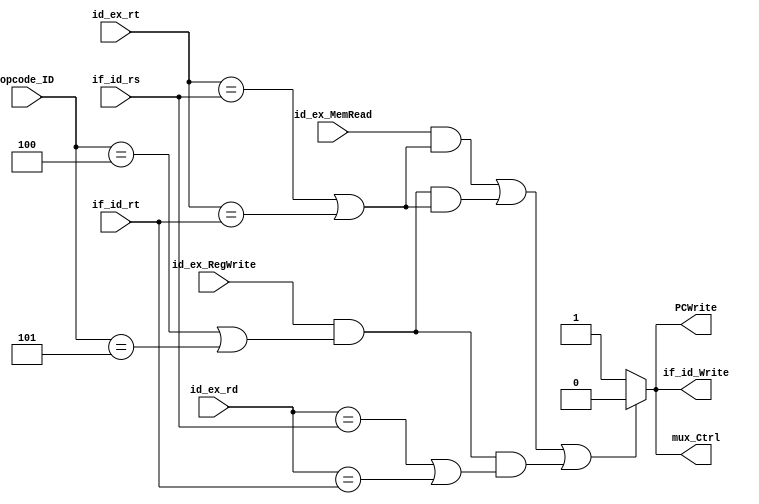
module HazardDetection(
    id_ex_MemRead,
    id_ex_RegWrite,
    id_ex_rt,
    id_ex_rd,
    if_id_rs,
    if_id_rt,
    //Branch_ID,
    opcode_ID,
    PCWrite,
    if_id_Write,
    mux_Ctrl
);

input           id_ex_MemRead;
input           id_ex_RegWrite;
input     [4:0] id_ex_rt, id_ex_rd, if_id_rs, if_id_rt;
//input     [1:0] Branch_ID;
input     [5:0] opcode_ID;
output reg      PCWrite, if_id_Write;
output reg      mux_Ctrl; //1'b0 ctrl all zero, 1'b1 original

always@ (*) begin
    PCWrite = 1'b1;
    if_id_Write = 1'b1;
    mux_Ctrl = 1'b1;

    if((id_ex_MemRead && ((id_ex_rt == if_id_rs) || (id_ex_rt == if_id_rt))) ||
      (id_ex_RegWrite && ((opcode_ID==4'h4) || (opcode_ID==4'h5)) && ((id_ex_rt == if_id_rs) || (id_ex_rt == if_id_rt))) || // deal with branch hazard addi
      (id_ex_RegWrite && ((opcode_ID==4'h4) || (opcode_ID==4'h5)) && ((id_ex_rd == if_id_rs) || (id_ex_rd == if_id_rt)))) 
    begin
        PCWrite = 1'b0;
        if_id_Write = 1'b0;
        mux_Ctrl = 1'b0;
    end 
    else begin
        PCWrite = 1'b1;
        if_id_Write = 1'b1;
        mux_Ctrl = 1'b1;
    end
end
endmodule

module ForwardUnit(
    ex_mem_rd,
    ex_mem_rt,
    mem_wb_rd,
    if_id_rs,
    if_id_rt,
    id_ex_rs,
    id_ex_rt,
    ex_mem_RegWrite,
    mem_wb_RegWrite,
    ex_mem_MemWrite,
    //Branch_ID,
    opcode_ID,
    ForwardA,
    ForwardB,
    ForwardA_ID,
    ForwardB_ID,
    ForwardWriteData_MEM
);

input      [4:0] ex_mem_rd, ex_mem_rt, mem_wb_rd, if_id_rs, if_id_rt, id_ex_rs, id_ex_rt;
input            ex_mem_RegWrite, mem_wb_RegWrite;
input            ex_mem_MemWrite;
//input      [1:0] Branch_ID;
input      [5:0] opcode_ID;
output reg [1:0] ForwardA, ForwardB; //00 original, 01 forward from mem/wb, 10 forward from ex/mem
output reg       ForwardA_ID, ForwardB_ID;
output reg       ForwardWriteData_MEM;

always@(*) begin
    ForwardA = 2'b0;
    ForwardB = 2'b0;

    if(mem_wb_RegWrite && (mem_wb_rd != 5'd0) && (mem_wb_rd == id_ex_rs) &&
     !(ex_mem_RegWrite && (ex_mem_rd != 5'd0) && (ex_mem_rd == id_ex_rs))) 
    begin
        ForwardA = 2'b01;   //forward from mem/wb
    end 
    else if(ex_mem_RegWrite && (ex_mem_rd != 5'd0) && (ex_mem_rd == id_ex_rs)) begin
        ForwardA = 2'b10;   //forward from ex/mem
    end
    else ForwardA = 2'b00;  //original

    if(mem_wb_RegWrite && (mem_wb_rd != 5'd0) && (mem_wb_rd == id_ex_rt) &&
     !(ex_mem_RegWrite && (ex_mem_rd != 5'd0) && (ex_mem_rd == id_ex_rt))) 
    begin
        ForwardB = 2'b01;   //forward from mem/wb
    end
    else if(ex_mem_RegWrite && (ex_mem_rd != 5'd0) && (ex_mem_rd == id_ex_rt)) begin
        ForwardB = 2'b10;   //forward from ex/mem

    end
    else ForwardB = 2'b00;  //original
end

always@(*) begin
    ForwardA_ID = 1'b0;
    ForwardB_ID = 1'b0;

    if(ex_mem_RegWrite && ((opcode_ID==4'h4) || (opcode_ID==4'h5)) && (ex_mem_rd != 5'd0) && (ex_mem_rd == if_id_rs)) begin
        ForwardA_ID = 1'b1;
    end
    else ForwardA_ID = 1'b0;

    if(ex_mem_RegWrite && ((opcode_ID==4'h4) || (opcode_ID==4'h5)) && (ex_mem_rd != 5'd0) && (ex_mem_rd == if_id_rt)) begin
        ForwardB_ID = 1'b1;
    end
    else ForwardB_ID = 1'b0;
end

always@(*) begin
    ForwardWriteData_MEM = 1'b0;

    if(mem_wb_RegWrite && ex_mem_MemWrite && (mem_wb_rd != 5'd0) && (mem_wb_rd == ex_mem_rt)) begin
        //deal with save hazard
        ForwardWriteData_MEM = 1'b1;
    end
    else ForwardWriteData_MEM = 1'b0;
end
endmodule